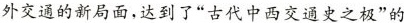
外交通的新局面，达到了”古代中西交通史之极”的